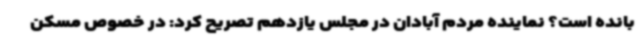
بانده است؟ نماینده مردم آبادان در مجلس یازدهم تصریح کرد: در خصوص مسکن